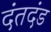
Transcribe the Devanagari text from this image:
दंतदंड